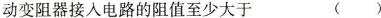
动变阻器接入电路的阻值至少大于 ()